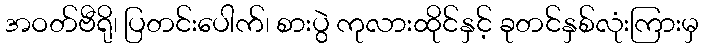
အဝတ်ဗီရို၊ ပြတင်းပေါက်၊ စားပွဲ ကုလားထိုင်နှင့် ခုတင်နှစ်လုံးကြားမှ